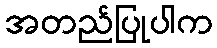
အတည်ပြုပါက